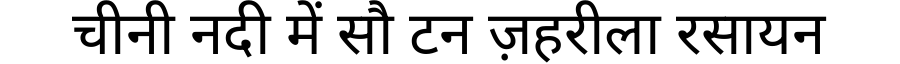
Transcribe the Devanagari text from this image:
चीनी नदी में सौ टन ज़हरीला रसायन